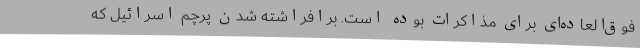
فوق‌العاده‌ای برای مذاکرات بوده است. برافراشته شدن پرچم اسرائیل که